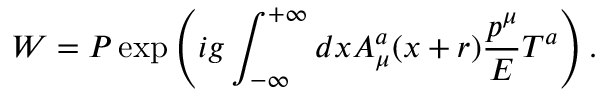
W = P \exp \left( i g \int _ { - \infty } ^ { + \infty } d x A _ { \mu } ^ { a } ( x + r ) \frac { p ^ { \mu } } { E } T ^ { a } \right) .